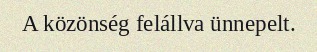
A közönség felállva ünnepelt.